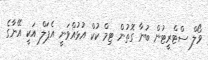
ވޯލް ސްޓްރީޓުން ބުނާ ގޮތުން ޓިމް ކުކް އުޅުއްވަނީ އެޕަލް އަކީ އޭނާގެ